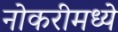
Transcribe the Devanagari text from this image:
नोकरीमध्ये